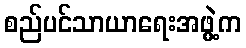
စည်ပင်သာယာရေးအဖွဲ့က